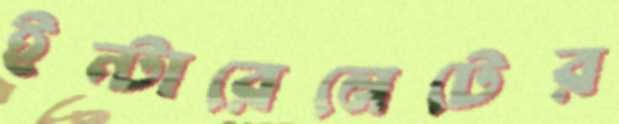
ইন্টারেনেটের